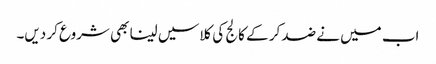
اب میں نے ضد کر کے کالج کی کلاسیں لینا بھی شروع کر دیں۔